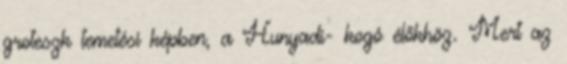
groteszk temetési képben, a Hunyadi- kogó élőkhöz. Mert az